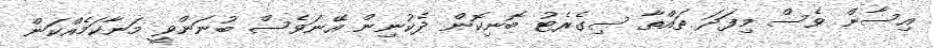
އިސާން ވެސް މިފަދަ ތައްތާ ސިގެރެޓު ބޮނިކޮން ދެކުނިން އޭނަވެސް ބުނަންވީ މަނާކަމެއްކަން